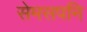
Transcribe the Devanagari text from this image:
सेमसपनि